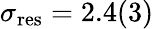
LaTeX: \sigma_{\mathrm{res}}=2.4(3)